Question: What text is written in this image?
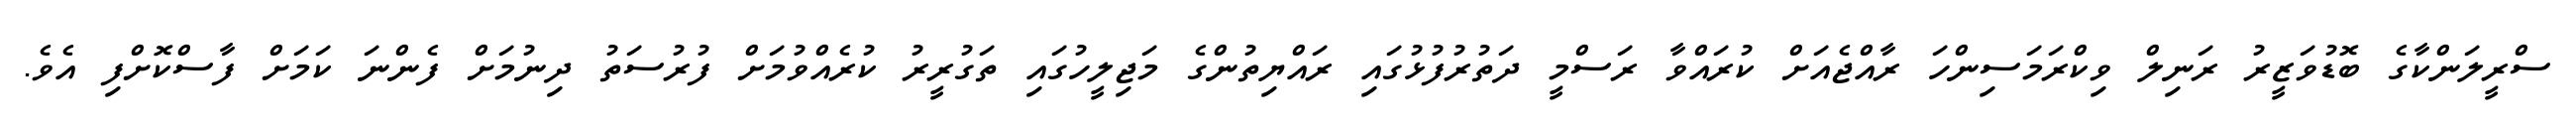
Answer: ސްރީލަންކާގެ ބޮޑުވަޒީރު ރަނިލް ވިކްރަމަސިންހަ ރާއްޖެއަށް ކުރައްވާ ރަސްމީ ދަތުރުފުޅުގައި ރައްޔިތުންގެ މަޖިލީހުގައި ތަގުރީރު ކުރެއްވުމަށް ފުރުސަތު ދިނުމަށް ފެންނަ ކަމަށް ފާސްކޮށްފި އެވެ.